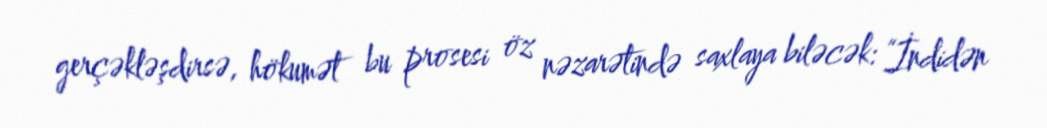
gerçəkləşdirsə, hökumət bu prosesi öz nəzarətində saxlaya biləcək: “İndidən